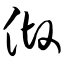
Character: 做